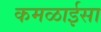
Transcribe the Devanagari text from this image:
कमळाईसा